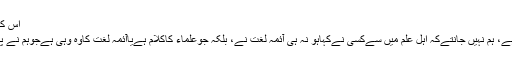
اس کاجواب دوپہلوؤں سے دیاجاتاہے:
پہلا یہ کےیہ قول نیابدعتی قول ہے، ہم نہیں جانتےکہ اہلِ علم میں سےکسی نےکہاہو نہ ہی آئمہ لغت نے، بلکہ جوعلماء کاکلام ہےیاآئمہ لغت کاوہ وہی ہےجوہم نے پہلے ذکرکیالہذا یہ قول باطل ہے۔